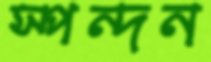
স্পন্দন